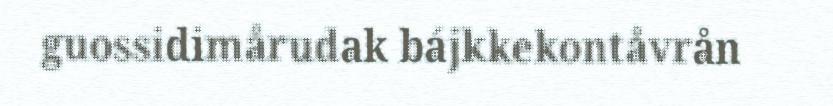
guossidimårudak bájkkekontåvrån